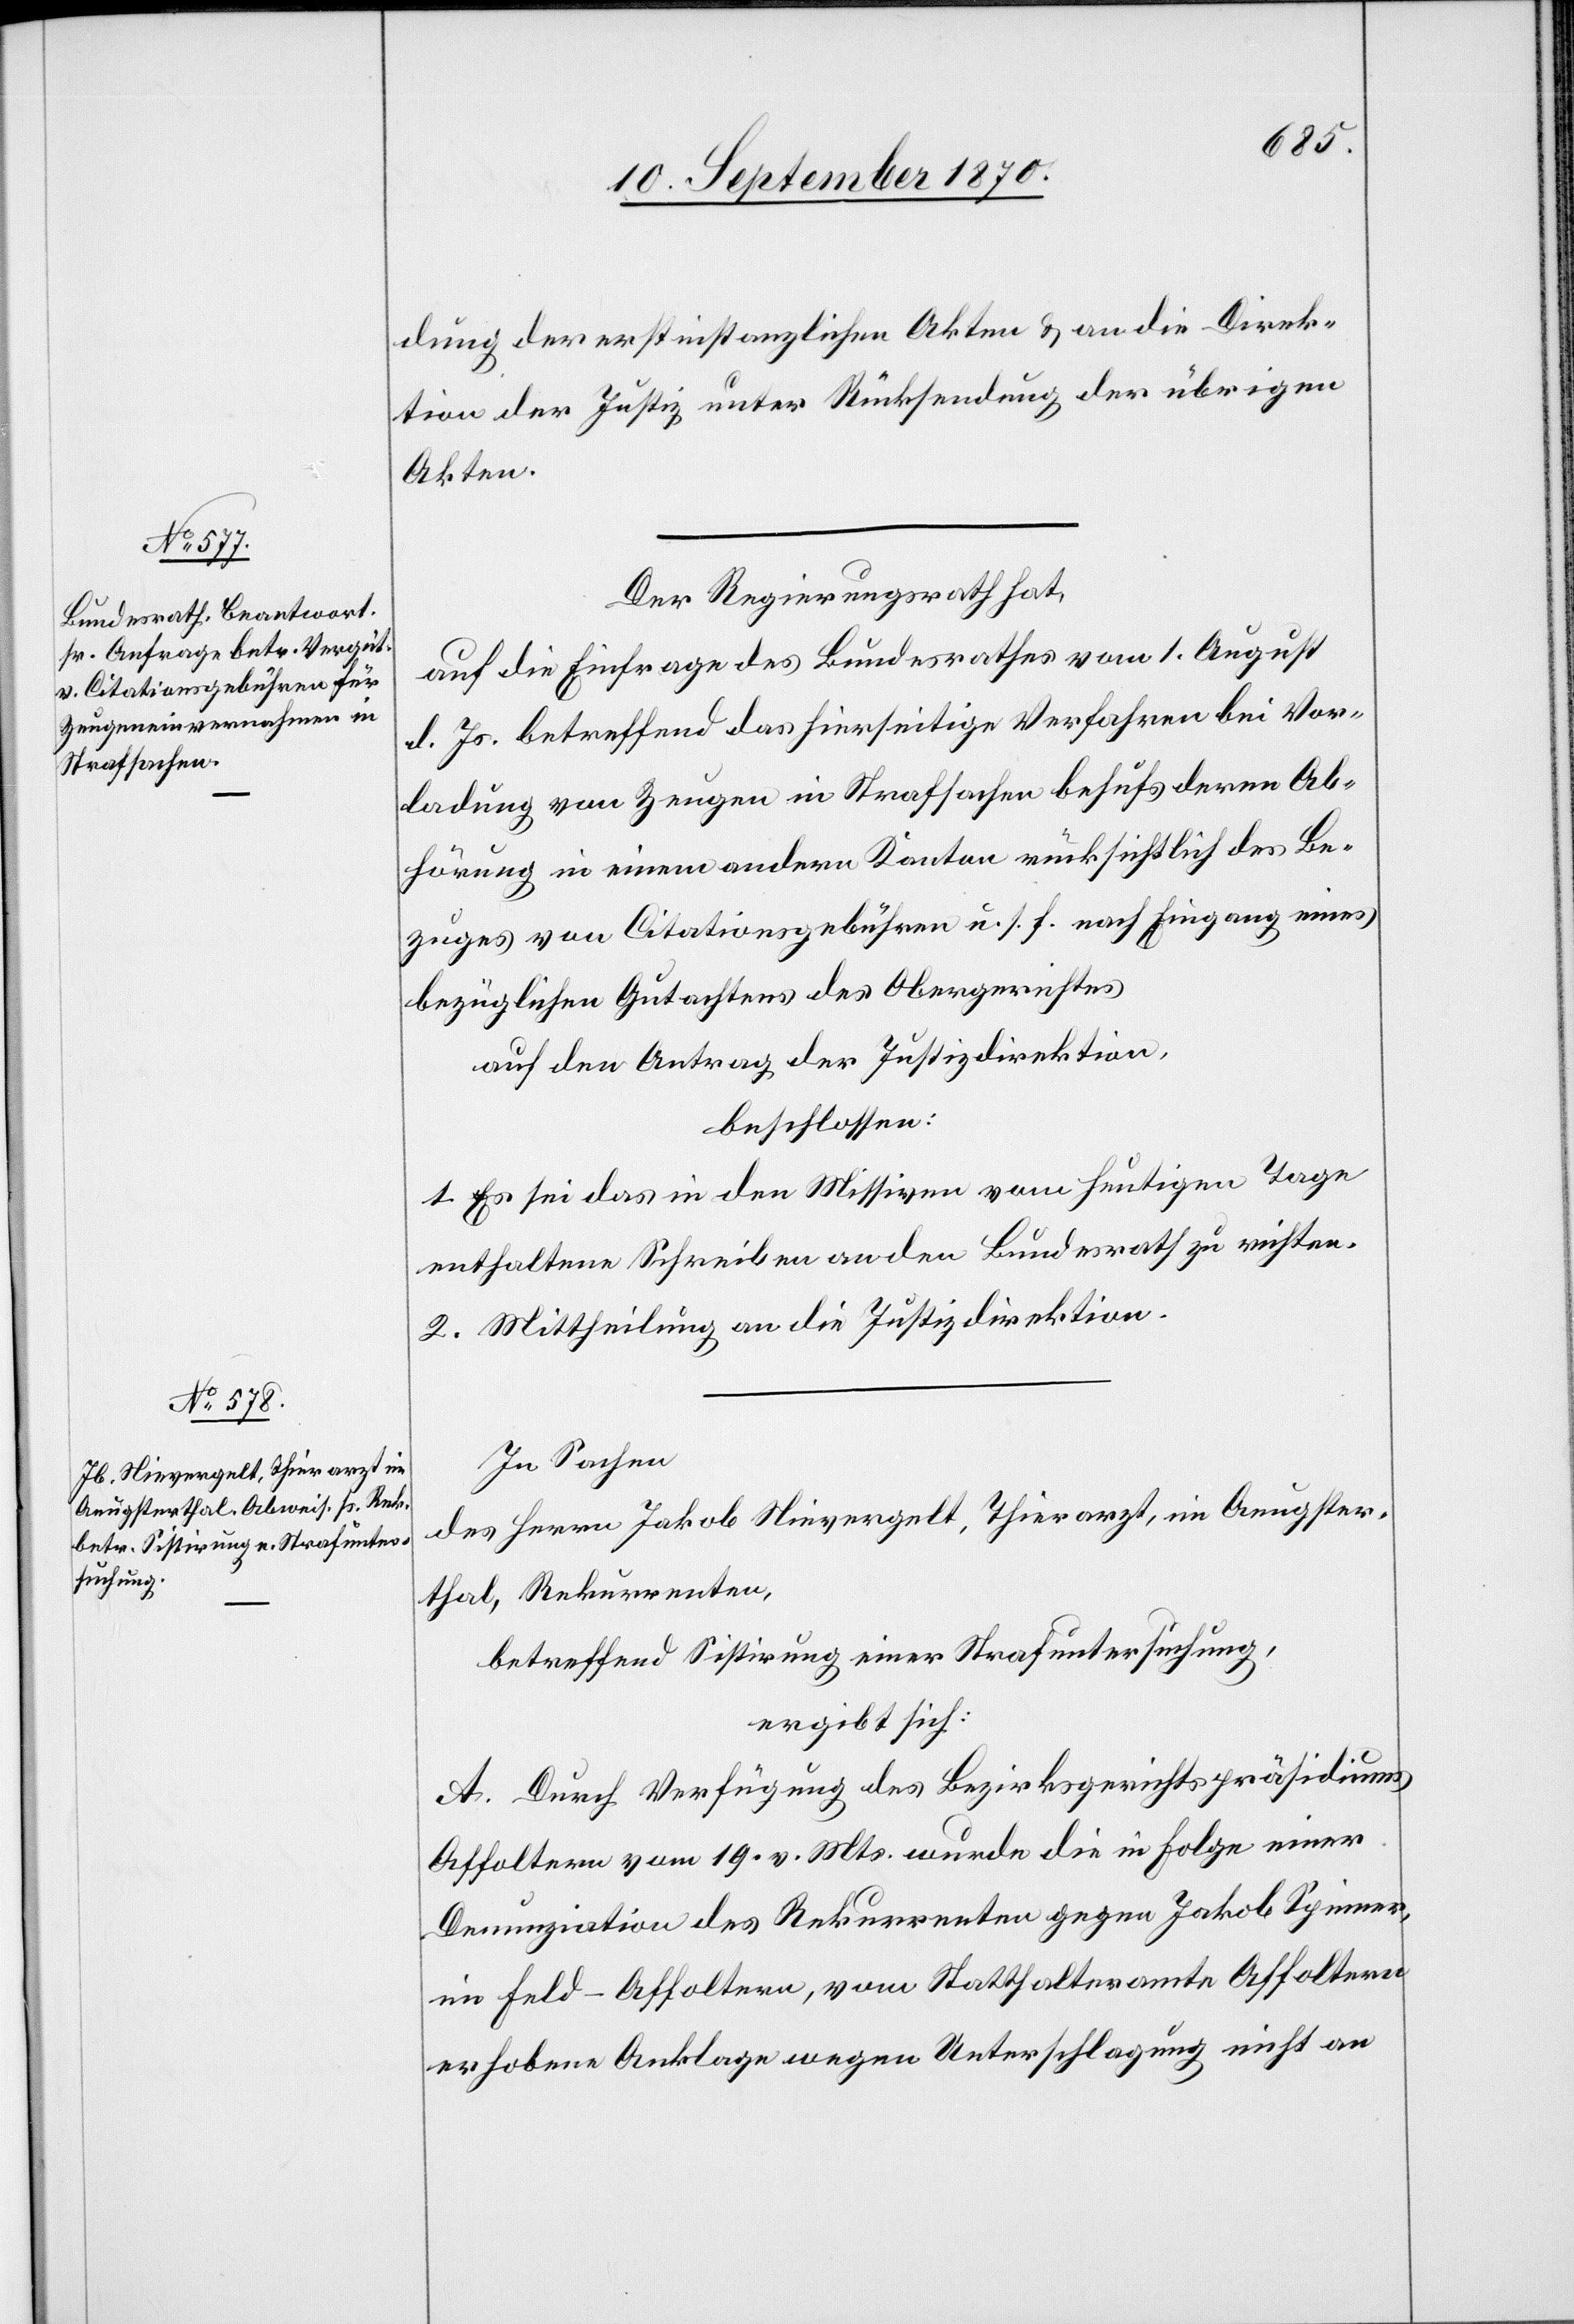
dung der erstinstanzlichen Akten & an die Direk¬
tion der Justiz unter Rücksendung der übrigen
Akten.
Der Regierungsrath hat,
auf die Einfrage des Bundesrathes vom 1. August
d. Js. betreffend das hierseitige Verfahren bei Vor¬
ladung von Zeugen in Strafsachen behufs deren Ab¬
hörung in einem andern Kanton rücksichtlich des Be¬
zuges von Citationsgebühren u. s. f. nach Eingang eines
bezüglichen Gutachtens des Obergerichtes
auf den Antrag der Justizdirektion,
beschlossen:
1. Es sei das in den Missiven vom heutigen Tage
enthaltene Schreiben an den Bundesrath zu richten.
2. Mittheilung an die Justizdirektion.
In Sachen
des Herrn Jakob Nievergelt, Thierarzt, im Aeugster¬
thal, Rekurrenten,
betreffend Sistirung einer Strafuntersuchung,
ergibt sich:
A. Durch Verfügung des Bezirksgerichtspräsidiums
Affoltern vom 19. v. Mts. wurde die in Folge einer
Denunziation des Rekurrenten gegen Jakob Spinner
im Feld - Affoltern, vom Statthalteramte Affoltern
erhobene Anklage wegen Unterschlagung nicht an